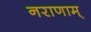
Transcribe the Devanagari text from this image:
नराणाम्